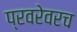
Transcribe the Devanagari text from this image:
प्रवरेवरच